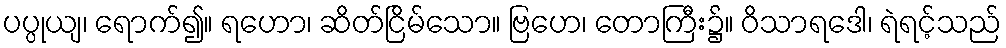
ပပ္ပုယျ၊ ရောက်၍။ ရဟော၊ ဆိတ်ငြိမ်သော။ ဗြဟေ၊ တောကြီး၌။ ဝိသာရဒေါ၊ ရဲရင့်သည်